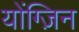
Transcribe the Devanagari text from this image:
योंग्ज़िन